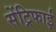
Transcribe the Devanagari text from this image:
सेंट्रिफाई